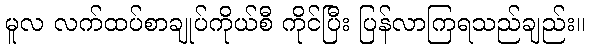
မူလ လက်ထပ်စာချုပ်ကိုယ်စီ ကိုင်ပြီး ပြန်လာကြရသည်ချည်း။